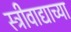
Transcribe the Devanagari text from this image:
स्त्रीवाद्याच्या